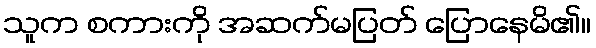
သူက စကားကို အဆက်မပြတ် ပြောနေမိ၏။